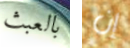
بالعبث إن